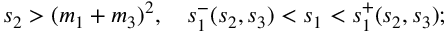
s _ { 2 } > ( m _ { 1 } + m _ { 3 } ) ^ { 2 } , \quad s _ { 1 } ^ { - } ( s _ { 2 } , s _ { 3 } ) < s _ { 1 } < s _ { 1 } ^ { + } ( s _ { 2 } , s _ { 3 } ) ;